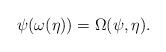
LaTeX: \begin{align*}\psi(\omega(\eta))=\Omega(\psi,\eta).\end{align*}